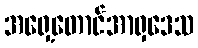
အရှေ့တောင်အာရှဒေသ